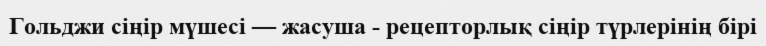
Гольджи сіңір мүшесі — жасуша - рецепторлық сіңір түрлерінің бірі